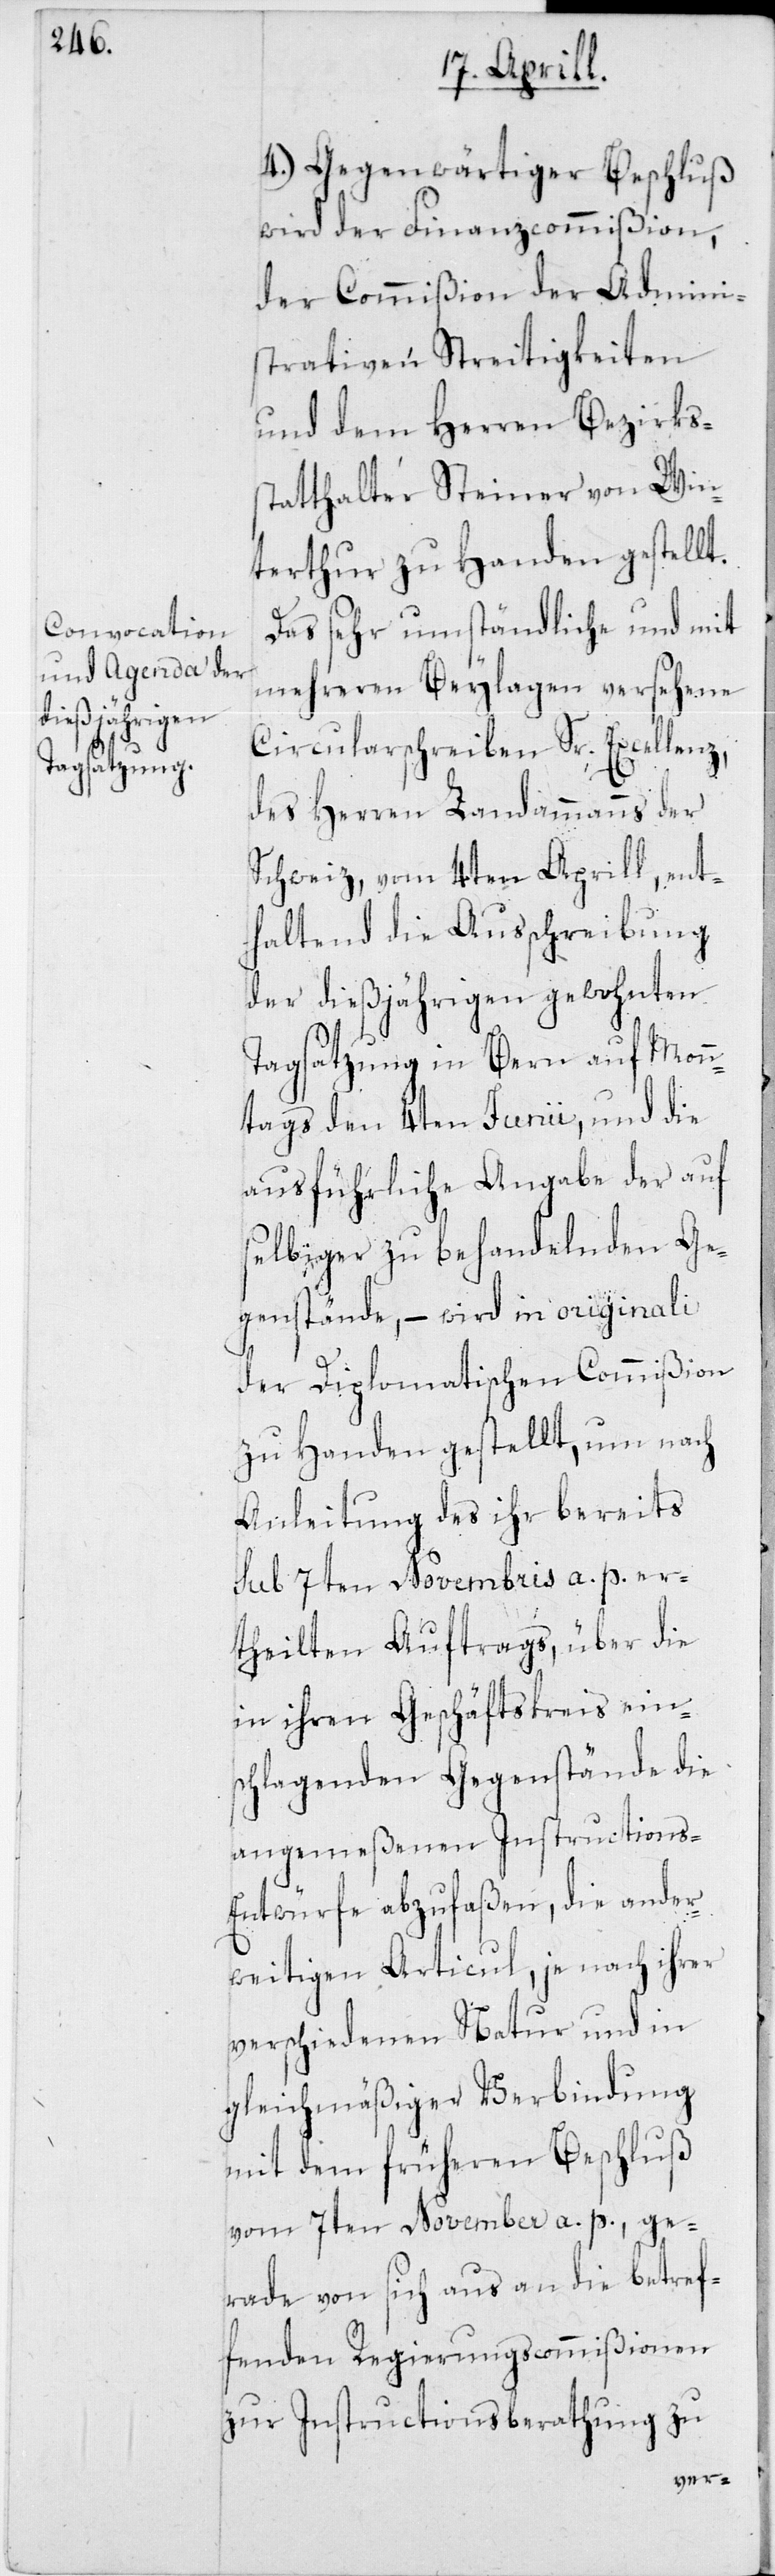
4. Gegenwärtiger Beschluß
wird der Finanzcommißion,
der Commißion der Admini¬
strativen Streitigkeiten
und dem Herren Bezirks¬
statthalter Steiner von Win¬
terthur zu Handen gestellt.
Das sehr umständliche und mit
mehreren Beylagen versehene
Circularschreiben Sr. Excellenz,
des Herren Landammanns der
Schweiz, vom 4ten Aprill, ent¬
haltend die Ausschreibung
der dießjährigen gewohnten
Tagsatzung in Bern, auf Monn¬
tags den 4ten Junii, und die
ausführliche Angabe der auf
selbiger zu behandelnden Ge¬
genstände, – wird in originali
der Diplomatischen Commißion
zu Handen gestellt, um nach
Anleitung des ihr bereits
sub 7ten Novembris a. p. er¬
theilten Auftrags, über die
in ihren Geschäftskreis ein¬
schlagenden Gegenstände die
angemeßenen Instructions-E¬
ntwürfe abzufaßen, die ander¬
weitigen Articul, je nach ihrer
verschiedenen Natur und in
gleichmäßiger Verbindung
mit dem früheren Beschluß
vom 7ten November a. p., ge¬
rade von sich aus an die betref¬
fenden Regierungscommißionen
zur Instructionsberathung zu